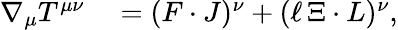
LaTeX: \begin{array}{rl}{\nabla_{\mu}T^{\mu\nu}}&{{}=(F\cdot J)^{\nu}+(\ell\, \Xi\cdot L)^{\nu},}\end{array}